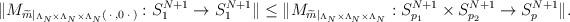
LaTeX: \begin{align*} \Vert M_{ \widetilde{m} \vert_{\Lambda_N \times \Lambda_N \times \Lambda_N}( \: \cdot \:, 0 \: \cdot \: ) }: S_{1}^{N+1} \rightarrow S_{1}^{N+1} \Vert\leq \Vert M_{ \widetilde{m} \vert_{\Lambda_N \times \Lambda_N \times \Lambda_N} }: S_{p_1}^{N+1} \times S_{p_2}^{N+1} \rightarrow S_{p}^{N+1} \Vert.\end{align*}